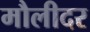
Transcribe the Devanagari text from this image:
मौलीदर